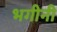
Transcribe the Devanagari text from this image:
भगीनी